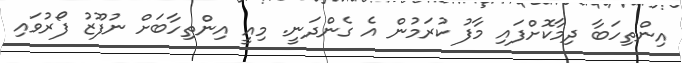
އިންތިހަބާ ދިމާކޮށްފައި މާފު ކުރަމުން އެ ގެންދަނީ. މިއީ އިންތިހާބަށް ނުފޫޒު ފޯރުވައި